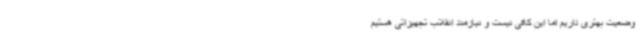
وضعیت بهتری داریم اما این کافی نیست و نیازمند انقلاب تجهیزاتی هستیم